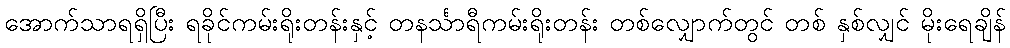
အောက်သာရရှိပြီး ရခိုင်ကမ်းရိုးတန်းနှင့် တနင်္သာရီကမ်းရိုးတန်း တစ်လျှောက်တွင် တစ် နှစ်လျှင် မိုးရေချိန်